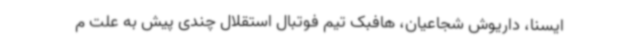
ایسنا، داریوش شجاعیان، هافبک تیم فوتبال استقلال چندی پیش به علت م